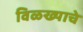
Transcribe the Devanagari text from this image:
विळख्याचे